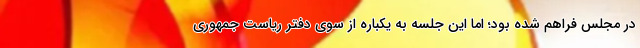
در مجلس فراهم شده بود؛ اما این جلسه به یکباره از سوی دفتر ریاست جمهوری